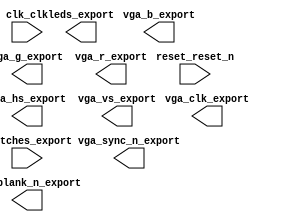

module nios_system (
	clk_clk,
	leds_export,
	reset_reset_n,
	switches_export,
	vga_b_export,
	vga_blank_n_export,
	vga_clk_export,
	vga_g_export,
	vga_hs_export,
	vga_r_export,
	vga_sync_n_export,
	vga_vs_export);	

	input		clk_clk;
	output	[7:0]	leds_export;
	input		reset_reset_n;
	input	[7:0]	switches_export;
	output	[7:0]	vga_b_export;
	output		vga_blank_n_export;
	output		vga_clk_export;
	output	[7:0]	vga_g_export;
	output		vga_hs_export;
	output	[7:0]	vga_r_export;
	output		vga_sync_n_export;
	output		vga_vs_export;
endmodule